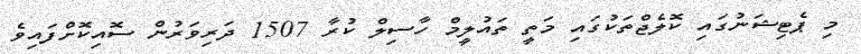
މި ޕެޓިޝަނުގައި ކޮލެޖްތަކުގައި މަތީ ތައުލީމް ހާސިލް ކުރާ 1507 ދަރިވަރުން ސޮއިކޮށްފައިވެ